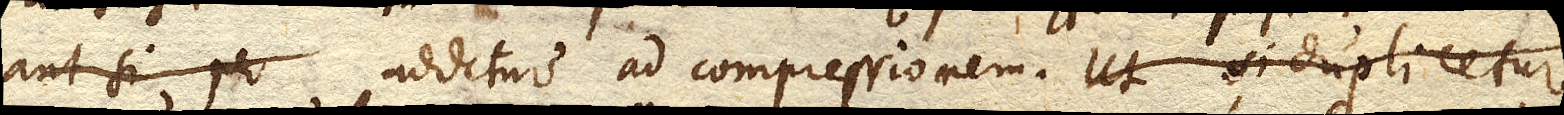
aut si per additur ad compressionem. Ut si duplicetur